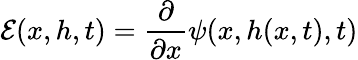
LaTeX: \mathcal{E}(x,h,t)=\frac{\partial}{\partial x}\psi(x,h(x,t),t)